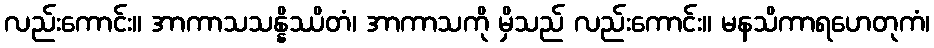
လည်းကောင်း။ အာကာသသန္နိဿိတံ၊ အာကာသကို မှိသည် လည်းကောင်း။ မနသိကာရဟေတုကံ၊